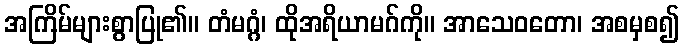
အကြိမ်များစွာပြု၏။ တံမဂ္ဂံ၊ ထိုအရိယာမဂ်ကို။ အာသေဝတော၊ အစမှစ၍